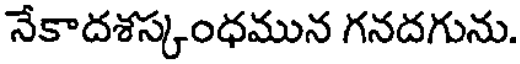
నేకాదశస్కంధమున గనదగును.